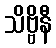
သိဗ္ဗိနီ